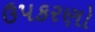
ઉપકરણો